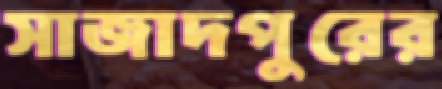
সাজাদপুরের